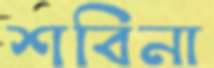
শবিনা